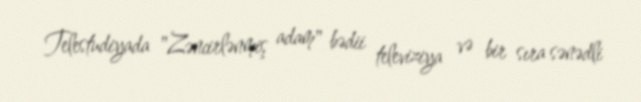
Telestudiyada "Zəncirlənmiş adam" bədii televiziya və bir sıra sənədli